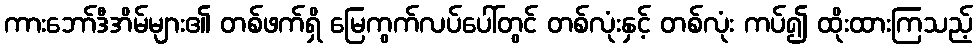
ကားဘော်ဒီအိမ်များ၏ တစ်ဖက်ရှိ မြေကွက်လပ်ပေါ်တွင် တစ်လုံးနှင့် တစ်လုံး ကပ်၍ ထိုးထားကြသည့်